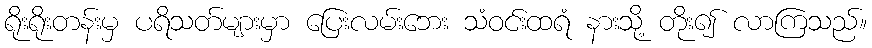
ရိုးရိုးတန်းမှ ပရိသတ်များမှာ ပြေးလမ်းဘေး သံဝင်းထရံ နားသို့ တိုး၍ လာကြသည်။